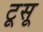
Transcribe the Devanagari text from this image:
टूसू